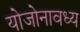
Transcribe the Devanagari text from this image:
योजोनावध्य